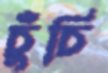
চুঁচি